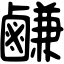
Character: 鹻